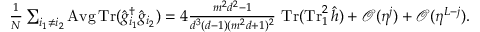
\textstyle \frac { 1 } { N } \sum _ { i _ { 1 } \neq i _ { 2 } } \operatorname { A v g } \operatorname { T r } ( \hat { g } _ { i _ { 1 } } ^ { \dag } \hat { g } _ { i _ { 2 } } ) = 4 \frac { m ^ { 2 } d ^ { 2 } - 1 } { d ^ { 3 } ( d - 1 ) ( m ^ { 2 } d + 1 ) ^ { 2 } } \, \operatorname { T r } ( \operatorname { T r } _ { 1 } ^ { 2 } \hat { h } ) + \mathcal { O } ( \eta ^ { j } ) + \mathcal { O } ( \eta ^ { L - j } ) .